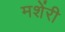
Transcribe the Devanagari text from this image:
मशेंरी